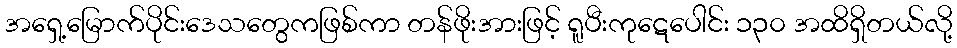
အရှေ့မြောက်ပိုင်းဒေသတွေကဖြစ်ကာ တန်ဖိုးအားဖြင့် ရူပီးကုဋေပေါင်း ၁၃၀ အထိရှိတယ်လို့